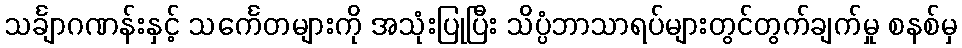
သင်္ချာဂဏန်းနှင့် သင်္ကေတများကို အသုံးပြုပြီး သိပ္ပံဘာသာရပ်များတွင်တွက်ချက်မှု စနစ်မှ